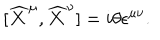
\lbrack \widehat { X } ^ { \mu } , \widehat { X } ^ { \nu } ] = i \theta \epsilon ^ { \mu \nu } .